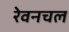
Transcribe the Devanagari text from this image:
रेवनचल